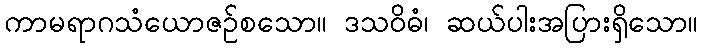
ကာမရာဂသံယောဇဉ်စသော။ ဒသဝိဓံ၊ ဆယ်ပါးအပြားရှိသော။